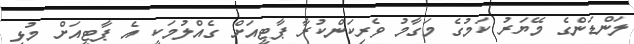
ލަންޑަންގެ މޭޔަރު ކަމުގެ މަގާމު ވެރިކަންކުރާ ޕާޓީއަށް ގެއްލުމަކީ އެ ޕާޓީއަށް މުޅި